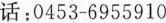
话：0453-6955910